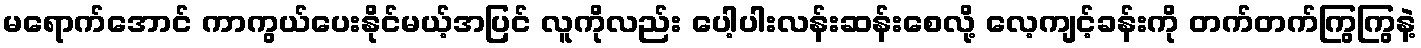
မရောက်အောင် ကာကွယ်ပေးနိုင်မယ့်အပြင် လူကိုလည်း ပေါ့ပါးလန်းဆန်းစေလို့ လေ့ကျင့်ခန်းကို တက်တက်ကြွကြွနဲ့